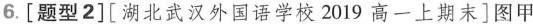
6.[题型2][湖北武汉外国语学校2019高一上期末]图甲